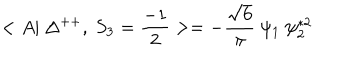
< A | ~ \Delta ^ { + + } , ~ S _ { 3 } = \frac { - 1 } { 2 } > = - \frac { \sqrt { 6 } } { \pi } ~ \psi _ { 1 } ~ \psi _ { 2 } ^ { * 2 }